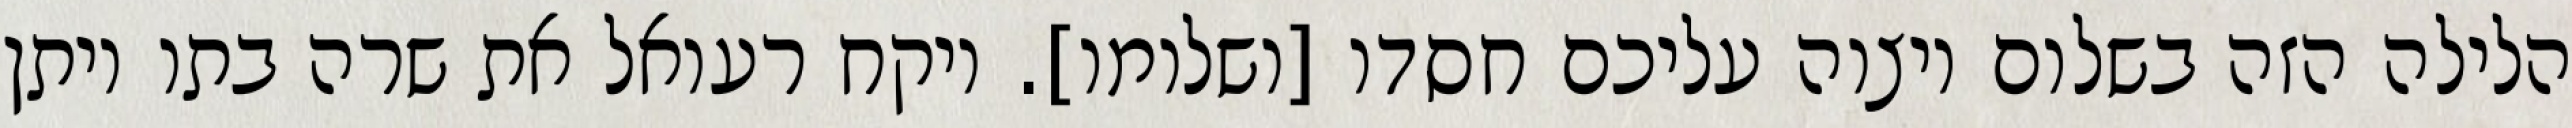
הלילה הזה בשלום ויצוה עליכם חסדו [ושלומו]. ויקח רעואל את שרה בתו ויתן